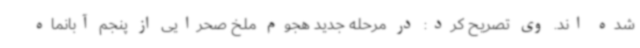
شده اند. وی تصریح کرد: در مرحله جدید هجوم ملخ صحرایی از پنجم آبانماه